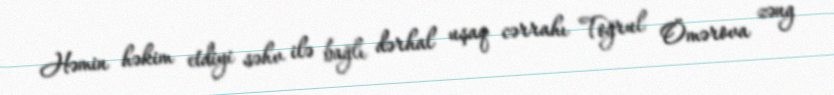
Həmin həkim etdiyi səhv ilə bağlı dərhal uşaq cərrahı Toğrul Ömərova zəng